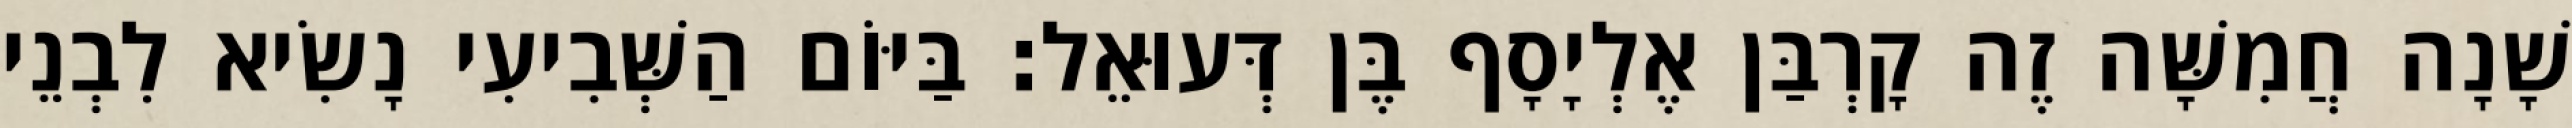
שָׁנָה חֲמִשָּׁה זֶה קָרְבַּן אֶלְיָסָף בֶּן דְּעוּאֵל׃ בַּיּוֹם הַשְּׁבִיעִי נָשִׂיא לִבְנֵי